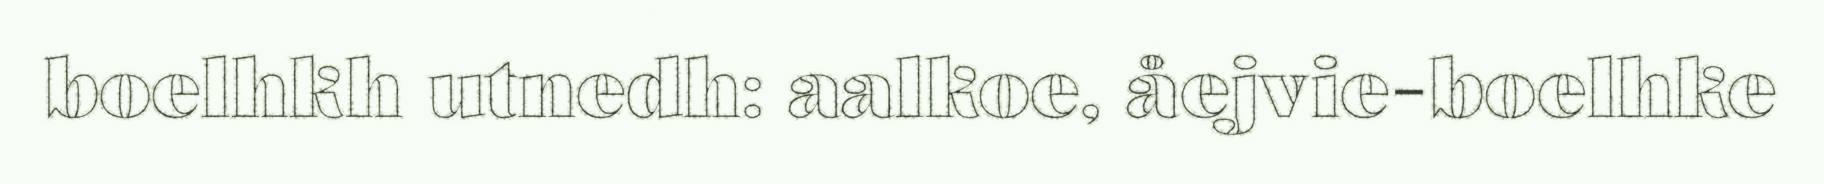
boelhkh utnedh: aalkoe, åejvie-boelhke